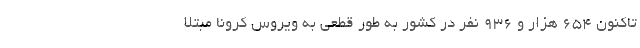
تاکنون ۶۵۴ هزار و ۹۳۶ نفر در کشور به طور قطعی به ویروس کرونا مبتلا